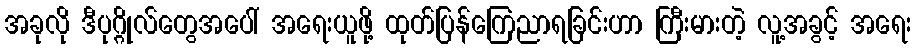
အခုလို ဒီပုဂ္ဂိုလ်တွေအပေါ် အရေးယူဖို့ ထုတ်ပြန်ကြေညာရခြင်းဟာ ကြီးမားတဲ့ လူ့အခွင့် အရေး